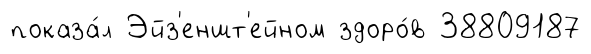
показа́л Эйз'еншт'ейном здоро́в 38809187